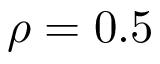
\rho = 0 . 5